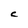
Character: C